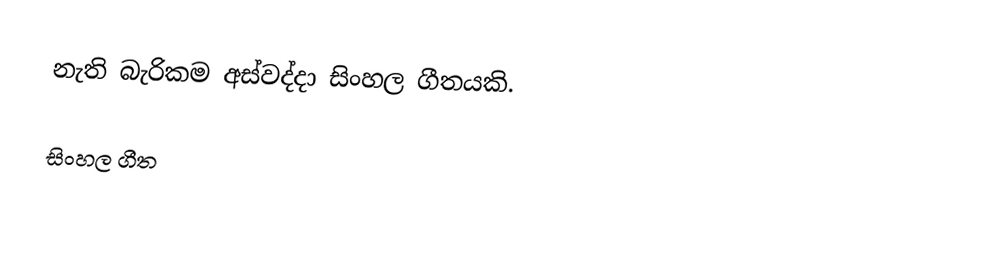
නැති බැරිකම අස්වද්දා සිංහල ගීතයකි.

සිංහල ගීත